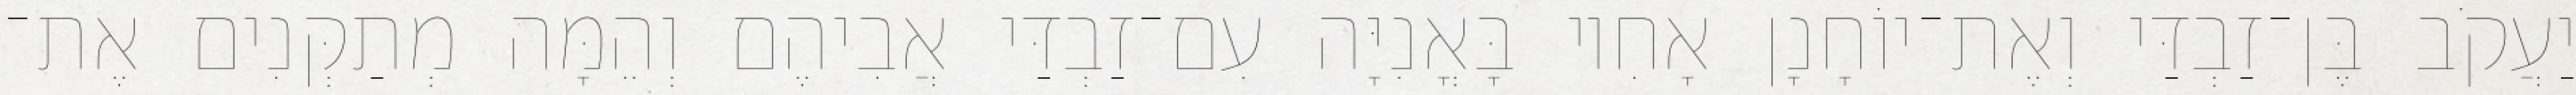
יַעֲקֹב בֶּן־זַבְדַּי וְאֶת־יוֹחָנָן אָחִיו בָּאֳנִיָּה עִם־זַבְדַּי אֲבִיהֶם וְהֵמָּה מְתַקְּנִים אֶת־